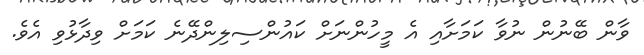
ވާން ބޭނުން ނުވާ ކަމަށާއި އެ މީހުންނަށް ކައުންސިލިންދޭނެ ކަމަށް ވިދާޅުވި އެވެ.